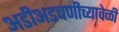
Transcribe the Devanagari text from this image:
अडीअडचणीच्यावेळी